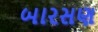
બારસણ